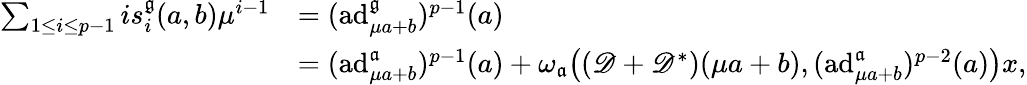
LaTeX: \begin{array}{rl}{\sum_{1\leq i\leq p-1}is_{i}^{\mathfrak{g}}(a,b)\mu^{i-1}}&{=(\mathrm{ad}_{\mu a+b}^{\mathfrak{g}})^{p-1}(a)}\\ &{=(\mathrm{ad}_{\mu a+b}^{\mathfrak{a}})^{p-1}(a)+\omega_{\mathfrak{a}}\bigl(({\mathscr D}+{\mathscr D}^{*})(\mu a+b),(\mathrm{ad}_{\mu a+b}^{\mathfrak{a}})^{p-2}(a)\bigr)x,}\end{array}